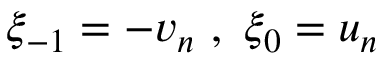
\xi _ { - 1 } = - v _ { n } \ , \ \xi _ { 0 } = u _ { n }